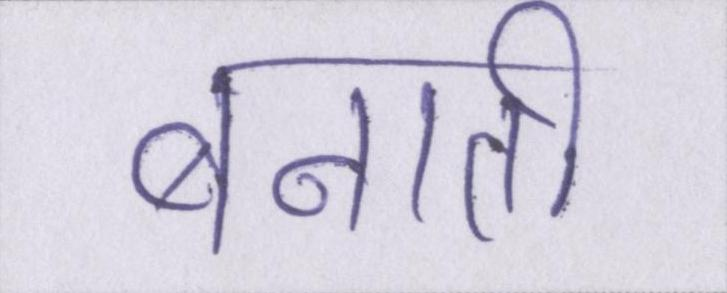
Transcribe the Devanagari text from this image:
बनाती